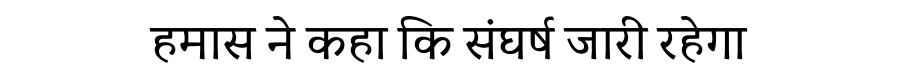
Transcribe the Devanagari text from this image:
हमास ने कहा कि संघर्ष जारी रहेगा